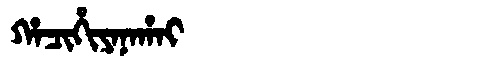
Manchu: ᡥᠠᠴᡳᡥᡳᠶᠠᠨᠠᡥᠠᡳ
Romanization: HACIHIYANAHAI